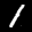
Label: 1